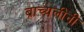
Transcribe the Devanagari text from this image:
ब्राच्यलीनी